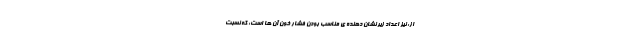
از: نیز اعداد زیر نشان دهنده ی مناسب بودن فشار خون آن ها است: که نسبت